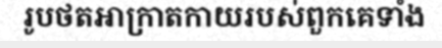
រូបថតអាក្រាតកាយរបស់ពួកគេទាំង